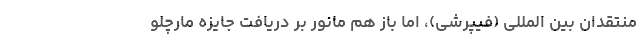
منتقدان بین المللی (فیپرشی)، اما باز هم مانور بر دریافت جایزه مارچلو